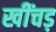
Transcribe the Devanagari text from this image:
खींचड़